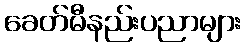
ခေတ်မီနည်းပညာများ